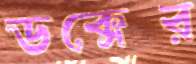
ডক্সের